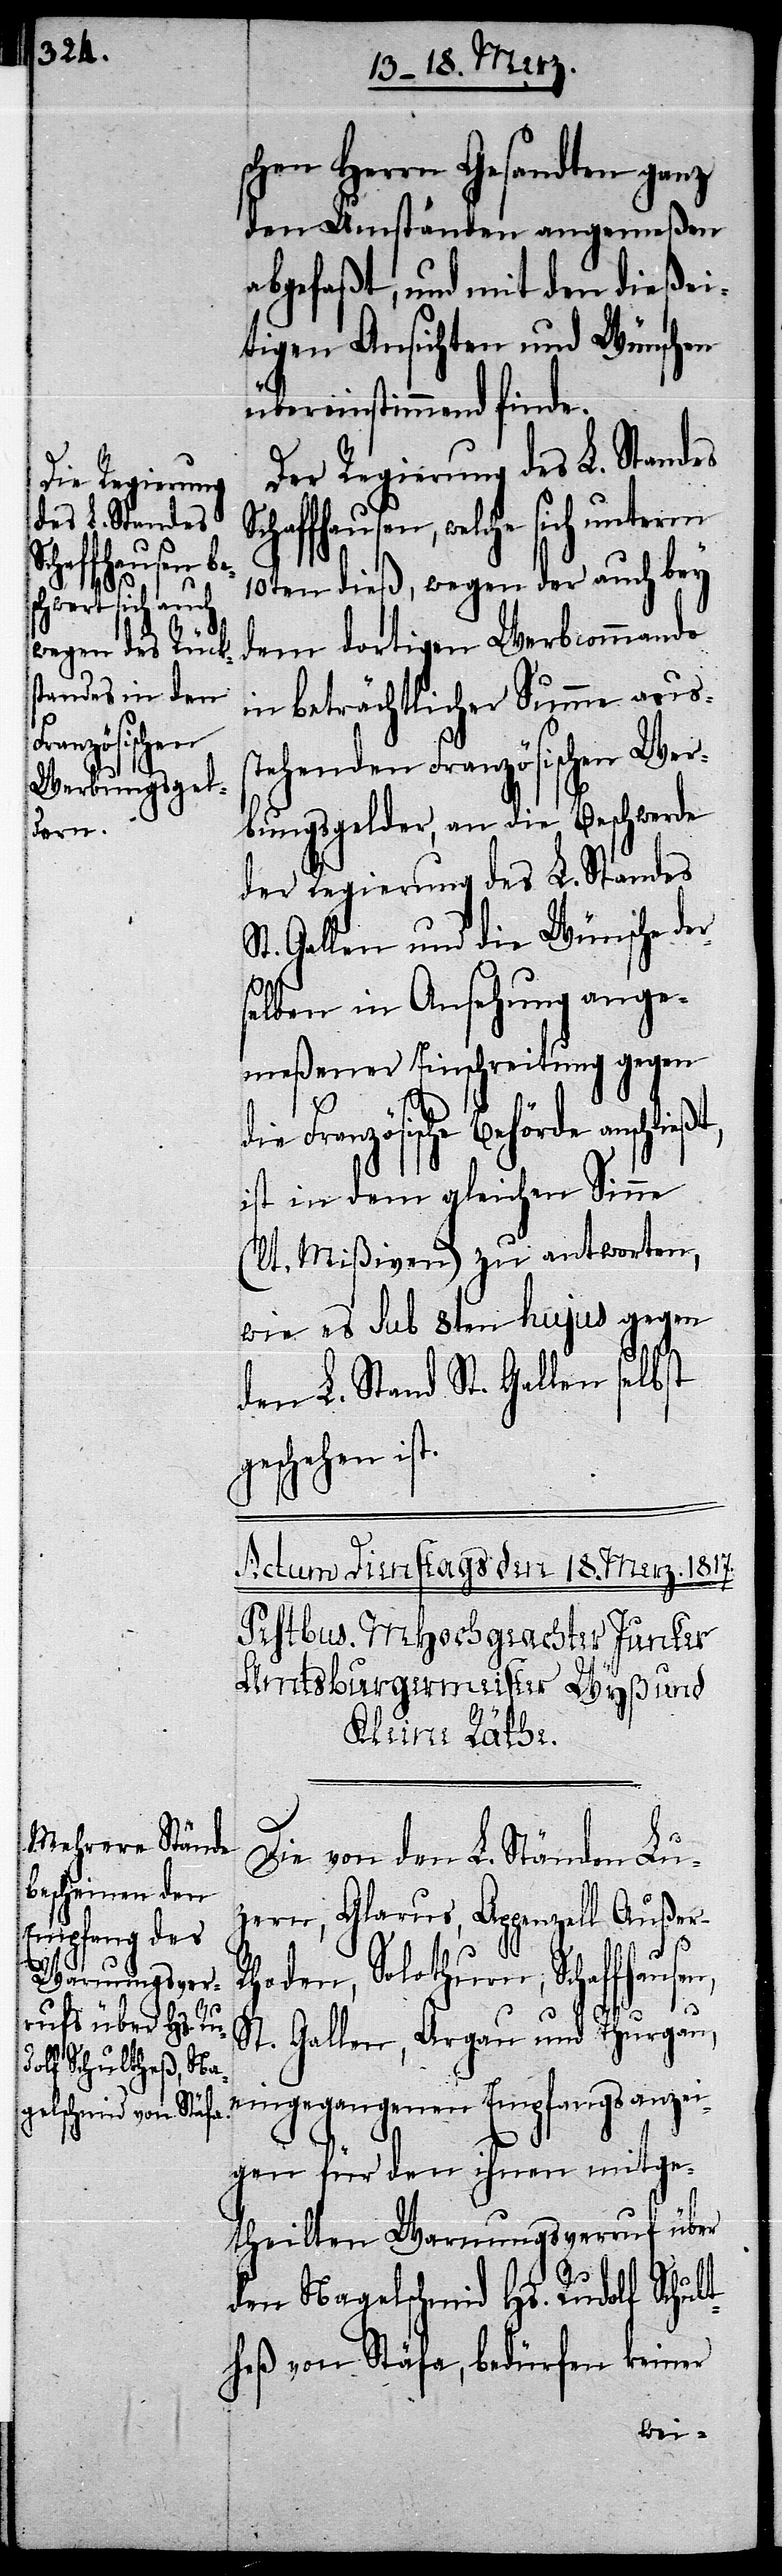
chaffhausen,

schen Herrn Gesandten ganz
den Umständen angemeßen
abgefaßt, und mit den dießei¬
tigen Ansichten und Wünschen
übereinstimmend finde.
Der Regierung des L. Standes
welche sich unterm
10ten dieß, wegen der auch bey
dem dortigen Werbcommando
in beträchtlicher Summe auss¬
tehenden Französischen Wer¬
bungsgelder, an die Beschwerde
der Regierung des L. Standes
St. Gallen und die Wünsche der
S¬
selben in Ansehung ange¬
meßener Einschreitung gegen
Französische Behörde anschlie¬
ist in dem gleichen Sinne
(lt. Mißiven) zu antworten,
wie es sub 8ten hujus gegen
den L. Stand St. Gallen selbst
geschehen ist.
Die von den L. Ständen Lu¬
zern, Glarus, Appenzell Auße¬
ßt,
r-R¬
hoden, Solothurn, Schaffhausen,
St. Gallen, Argau und Thurgau,
eingegangenen Empfangsanzei¬
gen für den ihnen mitge¬
theilten Warnungsverruf über
den Nagelschmid Hs. Rudolf Schul¬
theß von Stäfa, bedürfen keiner